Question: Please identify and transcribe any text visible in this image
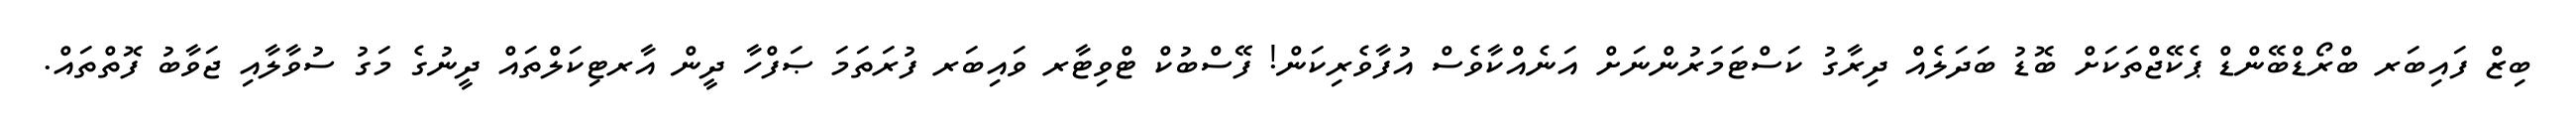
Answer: ބިޒް ފައިބަރ ބްރޯޑްބޭންޑް ޕެކޭޖްތަކަށް ބޮޑު ބަދަލެއް ދިރާގު ކަސްޓަމަރުންނަށް އަނެއްކާވެސް އުފާވެރިކަން! ފޭސްބުކް ޓްވިޓާރ ވައިބަރ ފުރަތަމަ ޞަފްހާ ދީން އާރޓިކަލްތައް ދީނުގެ މަގު ސުވާލާއި ޖަވާބު ފޮތްތައް.